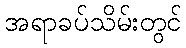
အရာခပ်သိမ်းတွင်